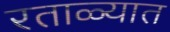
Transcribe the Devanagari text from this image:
रताळ्यात